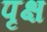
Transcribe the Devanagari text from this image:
पृक्ष